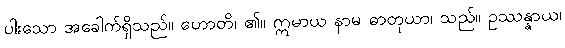
ပါးသော အခေါက်ရှိသည်။ ဟောတိ၊ ၏။ ဣမာယ နာမ ဓာတုယာ၊ သည်။ ဥဿန္နာယ၊